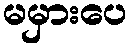
မမှားပေ